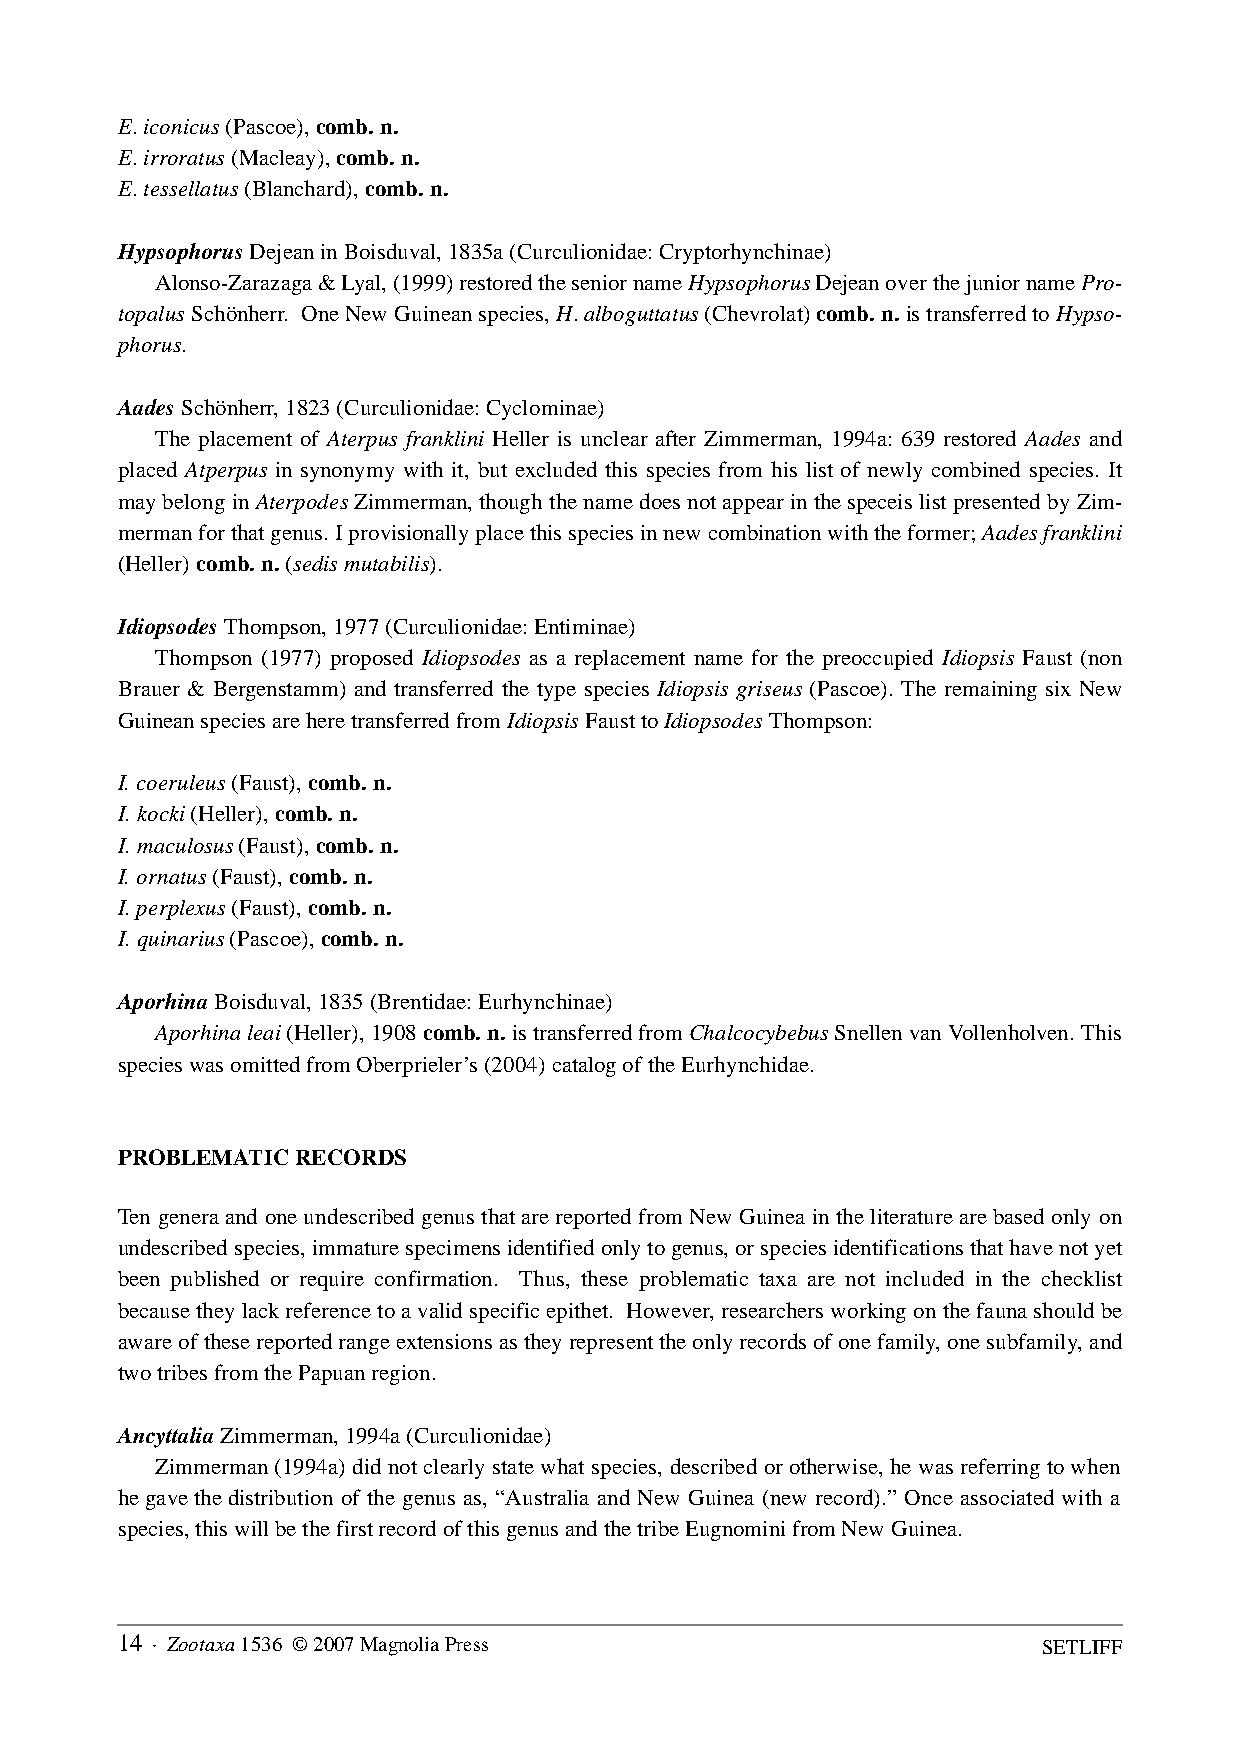
E. iconicus (Pascoe), comb. n.
 E. irroratus (Macleay), comb. n.
 E. tessellatus (Blanchard), comb. n.
 Hypsophorus Dejean in Boisduval, 1835a (Curculionidae: Cryptorhynchinae)
 Alonso-Zarazaga & Lyal, (1999) restored the senior name Hypsophorus Dejean over the junior name Pro-
 topalus Schönherr. One New Guinean species, H. alboguttatus (Chevrolat) comb. n. is transferred to Hypso-
 phorus.
 Aades Schönherr, 1823 (Curculionidae: Cyclominae)
 The placement of Aterpus franklini Heller is unclear after Zimmerman, 1994a: 639 restored Aades and
 placed Atperpus in synonymy with it, but excluded this species from his list of newly combined species. It
 may belong in Aterpodes Zimmerman, though the name does not appear in the speceis list presented by Zim-
 merman for that genus. I provisionally place this species in new combination with the former; Aades franklini
 (Heller) comb. n. (sedis mutabilis).
 Idiopsodes Thompson, 1977 (Curculionidae: Entiminae)
 Thompson (1977) proposed Idiopsodes as a replacement name for the preoccupied Idiopsis Faust (non
 Brauer & Bergenstamm) and transferred the type species Idiopsis griseus (Pascoe). The remaining six New
 Guinean species are here transferred from Idiopsis Faust to Idiopsodes Thompson:
 I. coeruleus (Faust), comb. n.
 I. kocki (Heller), comb. n.
 I. maculosus (Faust), comb. n.
 I. ornatus (Faust), comb. n.
 I. perplexus (Faust), comb. n.
 I. quinarius (Pascoe), comb. n.
 Aporhina Boisduval, 1835 (Brentidae: Eurhynchinae)
 Aporhina leai (Heller), 1908 comb. n. is transferred from Chalcocybebus Snellen van Vollenholven. This
 species was omitted from Oberprieler’s (2004) catalog of the Eurhynchidae.
 PROBLEMATIC RECORDS
 Ten genera and one undescribed genus that are reported from New Guinea in the literature are based only on
 undescribed species, immature specimens identified only to genus, or species identifications that have not yet
 been published or require confirmation. Thus, these problematic taxa are not included in the checklist
 because they lack reference to a valid specific epithet. However, researchers working on the fauna should be
 aware of these reported range extensions as they represent the only records of one family, one subfamily, and
 two tribes from the Papuan region.
 Ancyttalia Zimmerman, 1994a (Curculionidae)
 Zimmerman (1994a) did not clearly state what species, described or otherwise, he was referring to when
 he gave the distribution of the genus as, “Australia and New Guinea (new record).” Once associated with a
 species, this will be the first record of this genus and the tribe Eugnomini from New Guinea.
 14 · Zootaxa 1536 © 2007 Magnolia Press                      SETLIFF